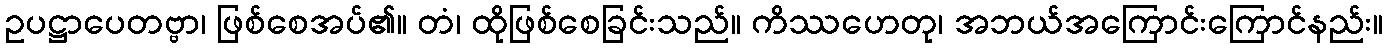
ဥပဋ္ဌာပေတဗ္ဗာ၊ ဖြစ်စေအပ်၏။ တံ၊ ထိုဖြစ်စေခြင်းသည်။ ကိဿဟေတု၊ အဘယ်အကြောင်းကြောင်နည်း။